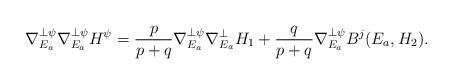
LaTeX: \begin{align*}\nabla^{\perp\psi}_{E_a}\nabla^{\perp\psi}_{E_a}H^{\psi}=\frac{p}{p+q}\nabla^{\perp\psi}_{E_a}\nabla^{\perp}_{E_a}H_1+\frac{q}{p+q}\nabla^{\perp\psi}_{E_a}B^j(E_a,H_2).\end{align*}